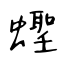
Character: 蟶